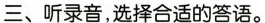
三、听录音,选择合适的答语.。